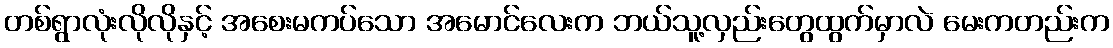
တစ်ရွာလုံးလိုလိုနှင့် အစေးမကပ်သော အမောင်လေးက ဘယ်သူ့လှည်းတွေထွက်မှာလဲ မေးကတည်းက